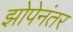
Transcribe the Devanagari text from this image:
झोपेनंतर